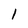
Character: l